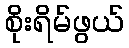
စိုးရိမ်ဖွယ်